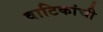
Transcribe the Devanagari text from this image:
वाटिकांची